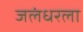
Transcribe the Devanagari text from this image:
जलंधरला